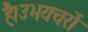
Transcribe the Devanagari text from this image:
है।उभयचरों